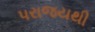
પરાજયથી